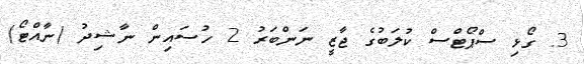
3. ގޯޅި ސްޕޯޓްސް ކުލަބުގެ ޖާޒީ ނަންބަރު 2 ހުސައިން ނާޝިދު (ނާއްޓޯ)